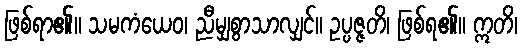
ဖြစ်ရာ၏။ သမကံယေဝ၊ ညီမျှစွာသာလျှင်။ ဥပ္ပဇ္ဇတိ၊ ဖြစ်ရ၏။ ဣတိ၊